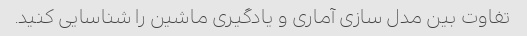
تفاوت بین مدل سازی آماری و یادگیری ماشین را شناسایی کنید.